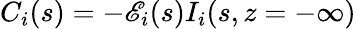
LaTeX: C_{i}(s)=-\mathscr{E}_{i}(s)I_{i}(s,z=-\infty)